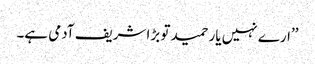
’’ارے نہیں یار حمید تو بڑا شریف آدمی ہے۔